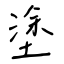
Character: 塗